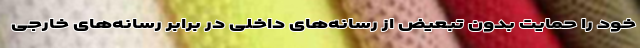
خود را حمایت بدون تبعیض از رسانه‌های داخلی در برابر رسانه‌های خارجی